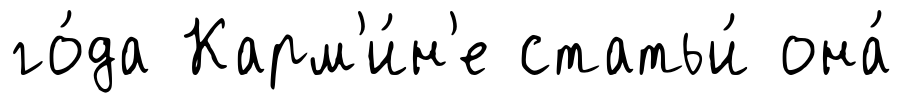
го́да Карм'и́н'е статьи́ она́